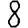
Digit: 8